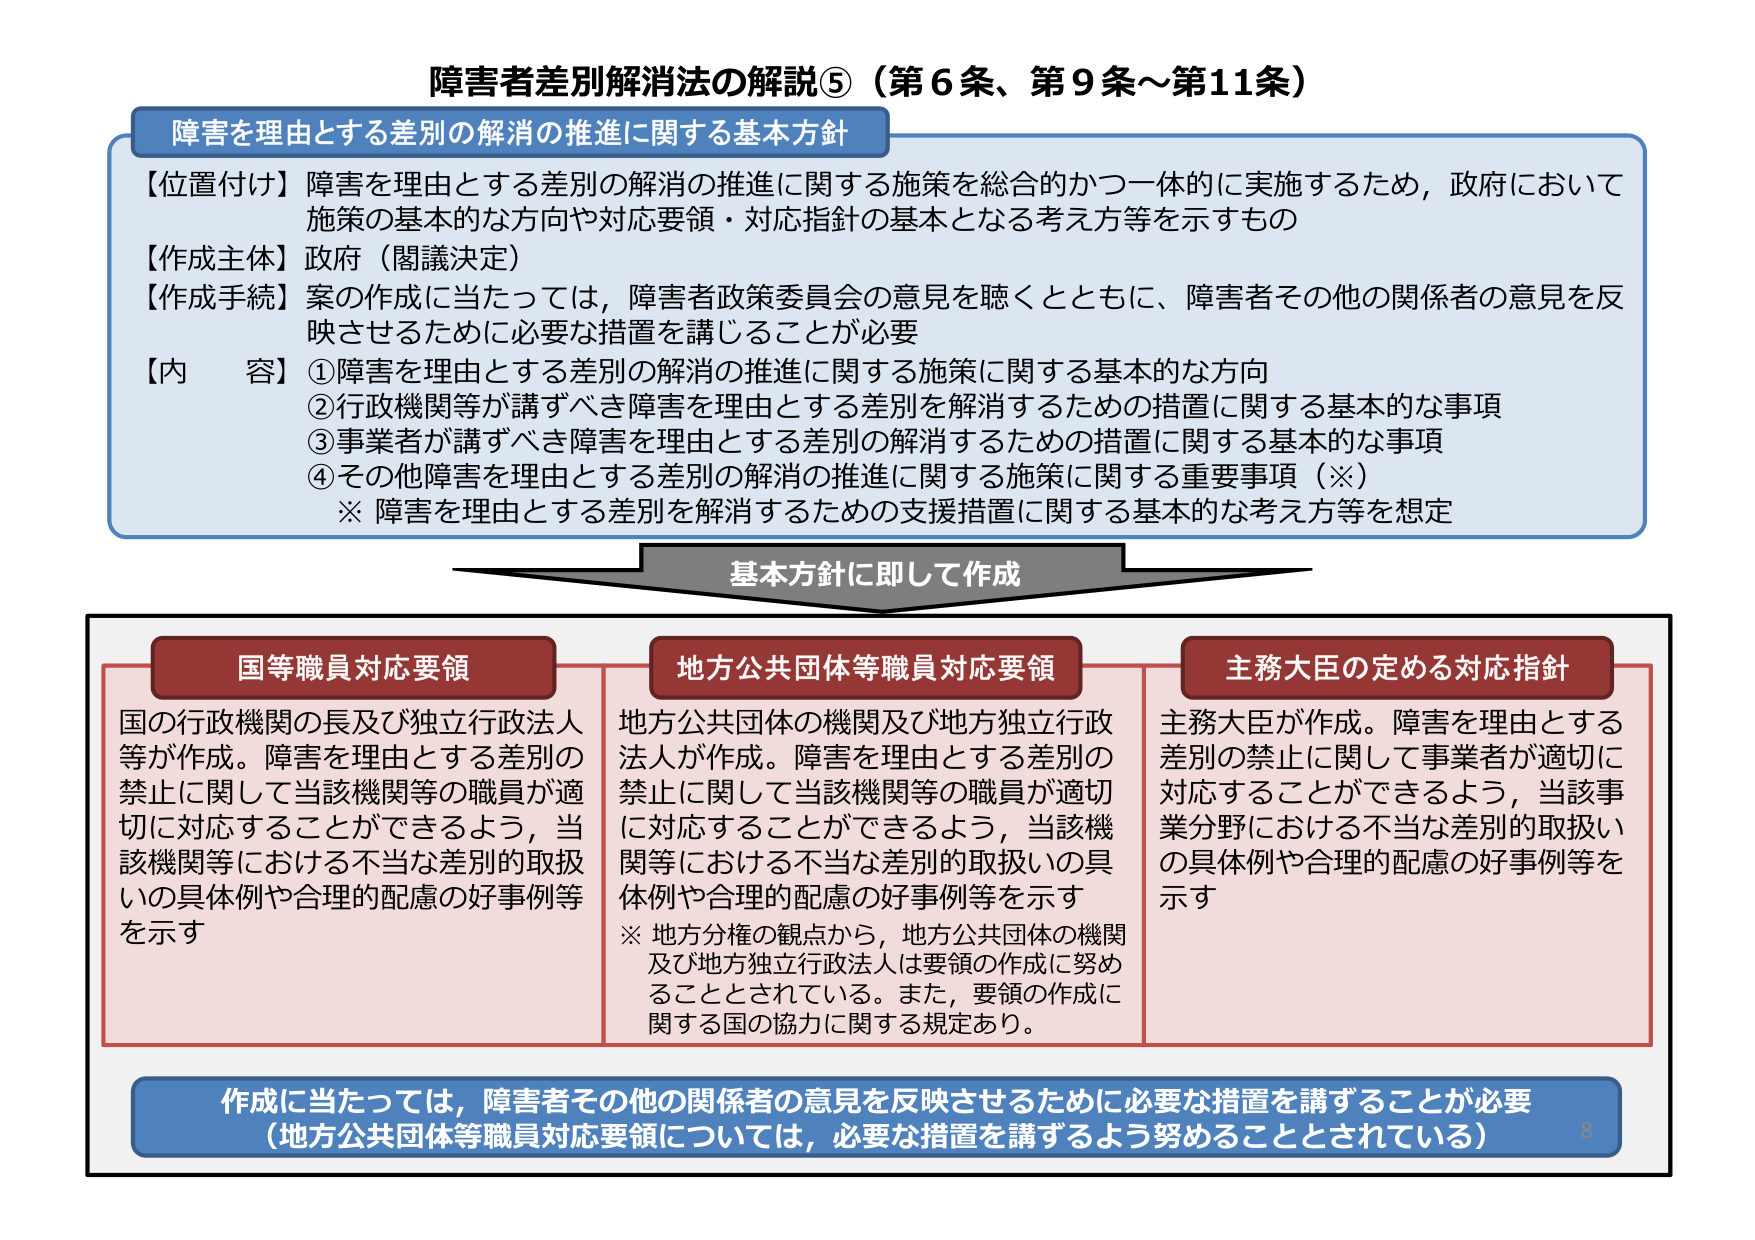
障害者差別解消法の解説⑤（第6条、第9条～第11条）

障害を理由とする差別の解消の推進に関する基本方針

【位置付け】障害を理由とする差別の解消の推進に関する施策を総合的かつ一体的に実施するため，政府において施策の基本的な方向や対応要領・対応指針の基本となる考え方等を示すもの

【作成主体】政府（閣議決定）

【作成手続】案の作成に当たっては，障害者政策委員会の意見を聴くとともに，障害者その他の関係者の意見を反映させるために必要な措置を講じることが必要

【内容】①障害を理由とする差別の解消の推進に関する施策に関する基本的な方向
②行政機関等が講ずべき障害を理由とする差別を解消するための措置に関する基本的な事項
③事業者が講ずべき障害を理由とする差別の解消するための措置に関する基本的な事項
④その他障害を理由とする差別の解消の推進に関する施策に関する重要事項（※）
※ 障害を理由とする差別を解消するための支援措置に関する基本的な考え方等を想定

基本方針に即して作成

国等職員対応要領
国の行政機関の長及び独立行政法人等が作成。障害を理由とする差別の禁止に関して当該機関等の職員が適切に対応することができるよう，当該機関等における不当な差別的取扱いの具体例や合理的配慮の好事例等を示す

地方公共団体等職員対応要領
地方公共団体の機関及び地方独立行政法人が作成。障害を理由とする差別の禁止に関して当該機関等の職員が適切に対応することができるよう，当該機関等における不当な差別的取扱いの具体例や合理的配慮の好事例等を示す
※ 地方分権の観点から，地方公共団体の機関及び地方独立行政法人は要領の作成に努めることとされている。また，要領の作成に関する国の協力に関する規定あり。

主務大臣の定める対応指針
主務大臣が作成。障害を理由とする差別の禁止に関して事業者が適切に対応することができるよう，当該事業分野における不当な差別的取扱いの具体例や合理的配慮の好事例等を示す

作成に当たっては，障害者その他の関係者の意見を反映させるために必要な措置を講ずることが必要
（地方公共団体等職員対応要領については，必要な措置を講ずるよう努めることとされている）
8